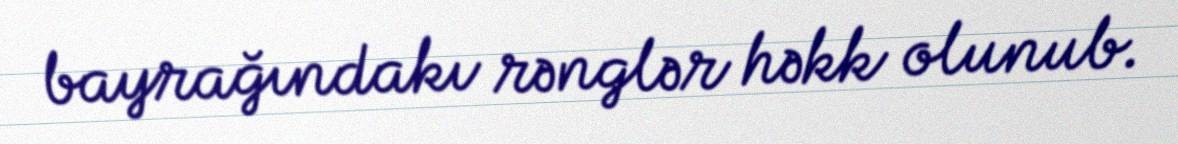
bayrağındakı rənglər həkk olunub.